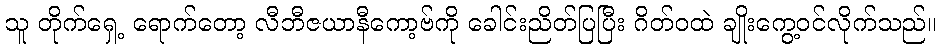
သူ တိုက်ရှေ့ ရောက်တော့ လီဘီဇယာနီကော့ဗ်ကို ခေါင်းညိတ်ပြပြီး ဂိတ်ဝထဲ ချိုးကွေ့ဝင်လိုက်သည်။